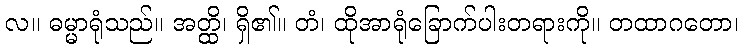
လ။ ဓမ္မာရုံသည်။ အတ္ထိ၊ ရှိ၏။ တံ၊ ထိုအာရုံခြောက်ပါးတရားကို။ တထာဂတော၊